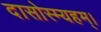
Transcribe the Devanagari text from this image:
दासोस्म्यहम्।